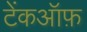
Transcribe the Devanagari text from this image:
टेंकऑफ़